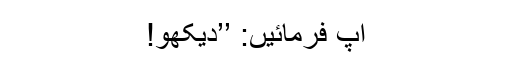
آپ فرمائیں: ’’دیکھو!